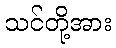
သင်တို့အား